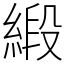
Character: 緞